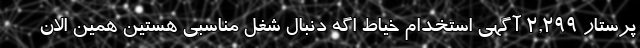
پرستار 2,299 آگهی استخدام خیاط اگه دنبال شغل مناسبی هستین همین الان